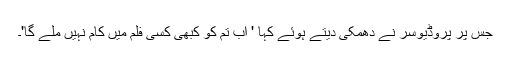
جس پر پروڈیوسر نے دھمکی دیتے ہوئے کہا ' اب تم کو کبھی کسی فلم میں کام نہیں ملے گا'۔